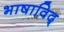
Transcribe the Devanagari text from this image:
भाषाविद्‍